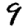
Digit: 9